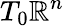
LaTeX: T_{0}\mathbb{R}^{n}